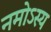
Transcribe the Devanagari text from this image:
नमोऽस्य